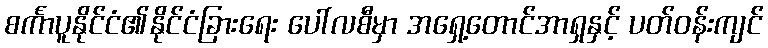
စင်္ကာပူနိုင်ငံ၏နိုင်ငံခြားရေး ပေါ်လစီမှာ အရှေ့တောင်အာရှနှင့် ပတ်ဝန်းကျင်